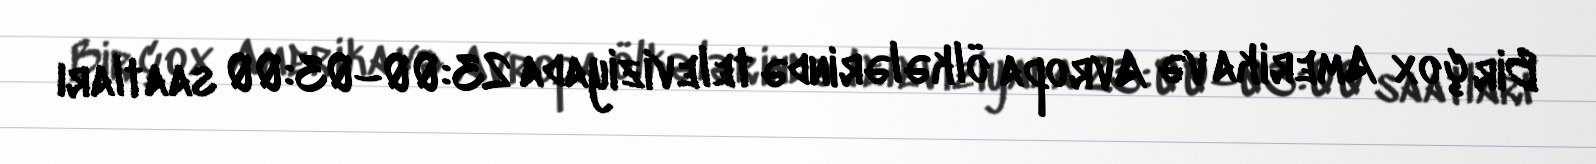
Bir çox Amerika və Avropa ölkələrində televiziyada 23:00–03:00 saatları